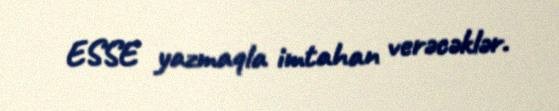
ESSE yazmaqla imtahan verəcəklər.